Lunatic asylums Punjab 1911-1921 - 1911-1921
Year: 1911
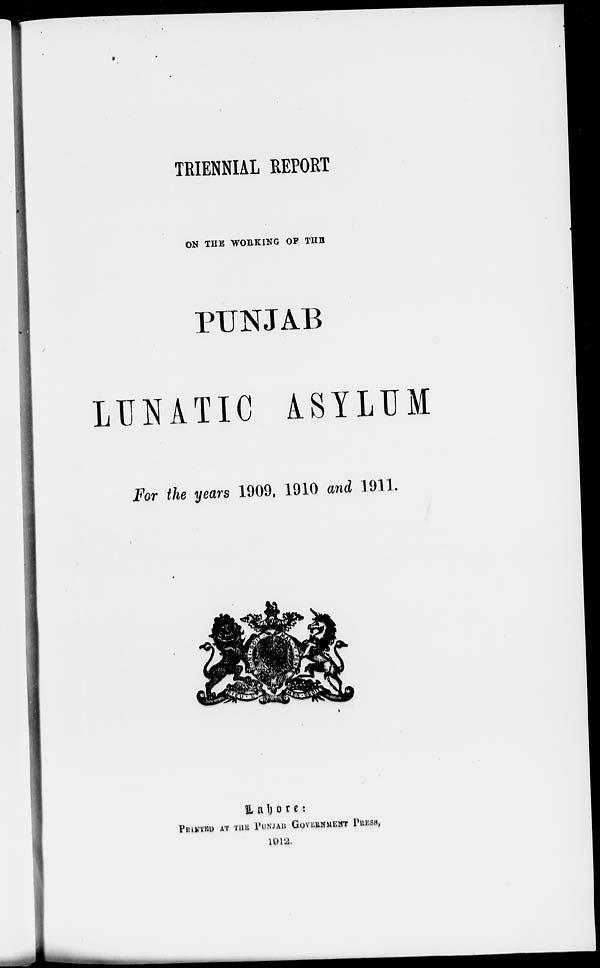
TRIENNIAL REPORT
ON THE WORKING OF THE
PUNJAB
LUNATIC ASYLUM
For the years 1909, 1910 and 1911.
Lahore:
PRINTED AT THE PUNJAB GOVERNMENT PRESS,
1912.